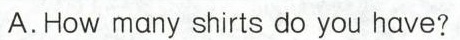
A.How many shirts do you have?